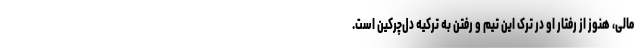
مالی، هنوز از رفتار او در ترک این تیم و رفتن به ترکیه دل‌چرکین است.